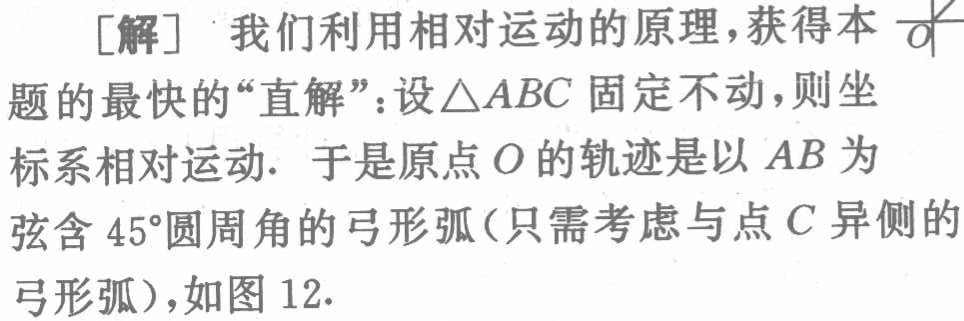
[解] 我们利用相对运动的原理，获得本$\frac{1}{a}$题的最快的“直解”：设$\triangle ABC$固定不动，则坐标系相对运动. 于是原点$O$的轨迹是以$AB$为弦含$45^{\circ}$圆周角的弓形弧（只需考虑与点$C$异侧的弓形弧），如图 12.